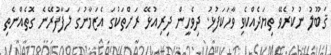
ޤަބޫލު ނުކުރެވޭ ތިޔަދެއްކެވި ވާހަކަފުޅު. ދިވެހީން ދިރިއުޅޭ ރަށްތަކުގަ އެޒަމާނުގަ ލަފާފުރޭނެ ގޮތެއްނެތި